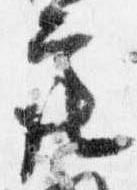
亮